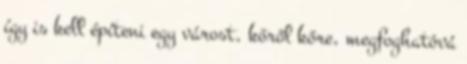
így is kell építeni egy várost, kőről kőre, megfoghatóvá